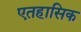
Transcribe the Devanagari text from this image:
एतहासिक